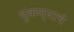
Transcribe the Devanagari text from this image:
थुंकण्याचे